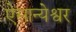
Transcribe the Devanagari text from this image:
ऐसान्येश्वर